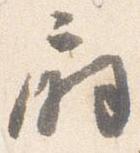
扇